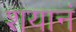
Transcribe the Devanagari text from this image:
शयानं